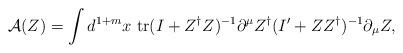
LaTeX: \begin{align*}\mbox{$\cal{A}$}(Z) =\int d^{1+m} x \ \mbox{tr}(I+Z^{\dag}Z)^{-1}\partial^{\mu}Z^{\dag} (I'+Z Z^{\dag})^{-1}\partial_{\mu}Z,\end{align*}